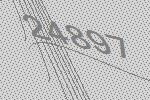
24897